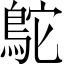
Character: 鴕